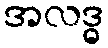
အလဒ္ဓ